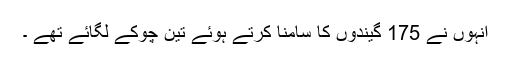
انہوں نے 175 گیندوں کا سامنا کرتے ہوئے تین چوکے لگائے تھے ۔